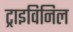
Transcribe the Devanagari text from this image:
ट्राइविनिल